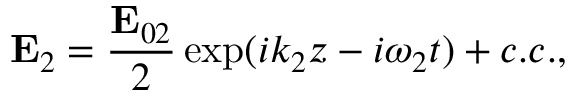
{ \bf E } _ { 2 } = \frac { { \bf E } _ { 0 2 } } { 2 } \exp ( i k _ { 2 } z - i \omega _ { 2 } t ) + c . c . ,